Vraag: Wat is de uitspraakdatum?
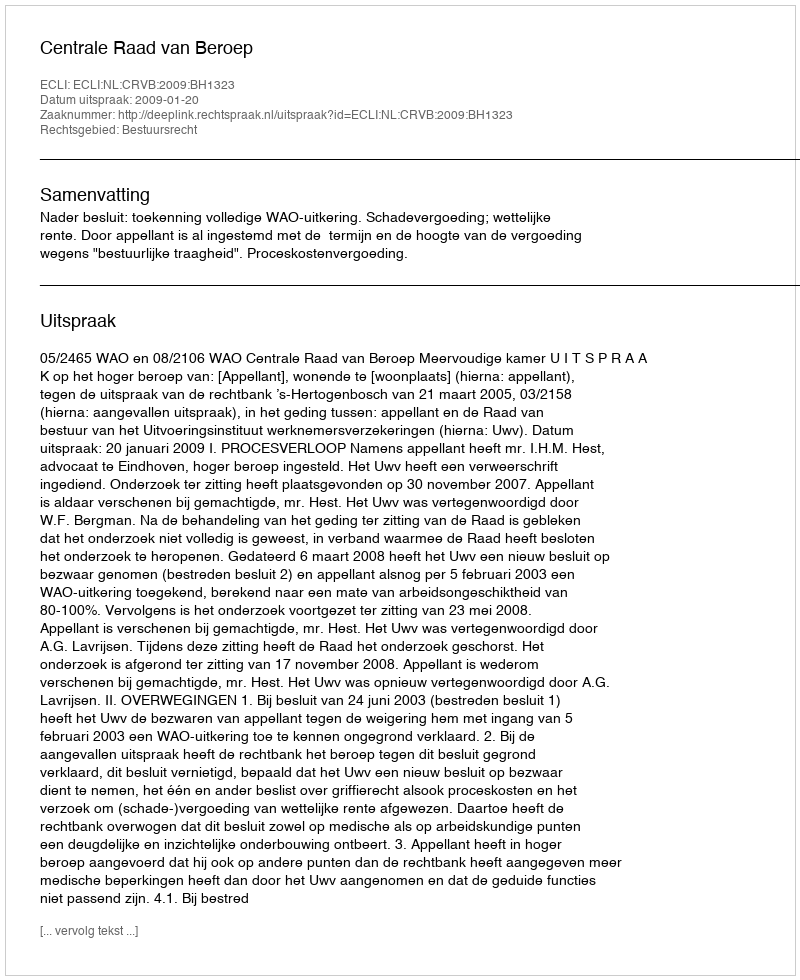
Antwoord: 2009-01-20